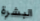
البشرة